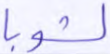
لشوبا